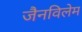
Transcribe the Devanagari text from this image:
जैनविलेम